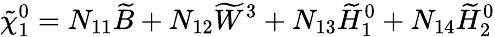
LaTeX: \tilde{\chi}_{1}^{0}=N_{11}\widetilde{B}+N_{12}\widetilde{W}^{3}+N_{13}\widetilde{H}_{1}^{0}+N_{14}\widetilde{H}_{2}^{0}